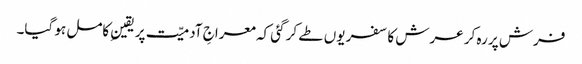
فرش پر رہ کر عرش کا سفر یوں طے کر گئی کہ معراجِ آدمیّت پر یقینِ کامل ہو گیا۔